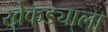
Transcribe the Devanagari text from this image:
खेकड्याला